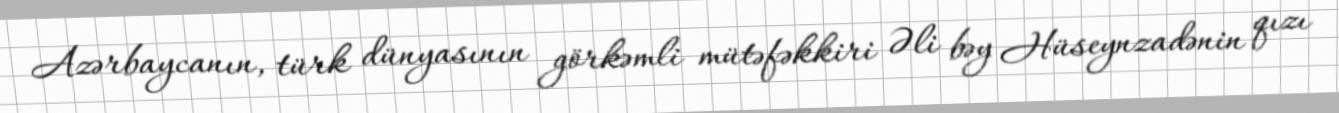
Azərbaycanın, türk dünyasının görkəmli mütəfəkkiri Əli bəy Hüseynzadənin qızı